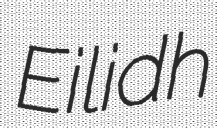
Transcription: Eilidh